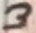
Text: 3